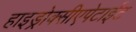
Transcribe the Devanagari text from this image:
हाइड्रोक्सीएपेटाईट